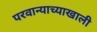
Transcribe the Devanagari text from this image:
परवान्याच्याखाली